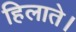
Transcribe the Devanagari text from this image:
हिलाते।